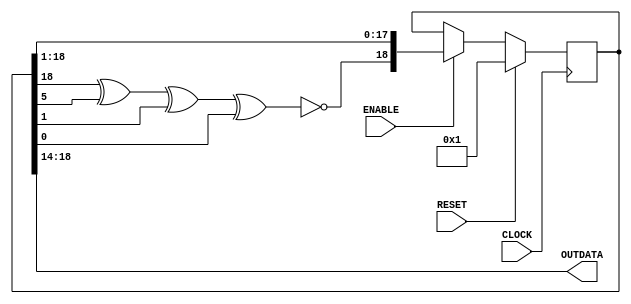
`default_nettype none
`timescale 1ns/1ps
module LFSRmod (CLOCK, RESET, ENABLE, OUTDATA);
	input wire CLOCK, RESET, ENABLE;
	output reg [4:0] OUTDATA;

	reg value;
	reg [18:0] out;

	always @(*) begin
		value = ~(out[18] ^ out[5] ^ out[1] ^ out[0]);
		OUTDATA = out[18:14];
	end

	always @(posedge CLOCK) begin
		if (RESET) begin
			out <= 19'h1;
		end

		else begin
			if(ENABLE)
			begin
				out[18:0] <= { value , out[18:1] };
			end
		end
	end
endmodule